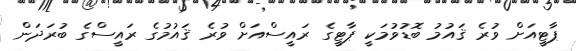
ޕާޓީއަށް ވުރެ ޤައުމު ބޮޑުވުމަކީ ޕާޓީގެ ރައީސްއަށް ވުރެ ޤައުމުގެ ރައީސްގެ ބުރަދަން